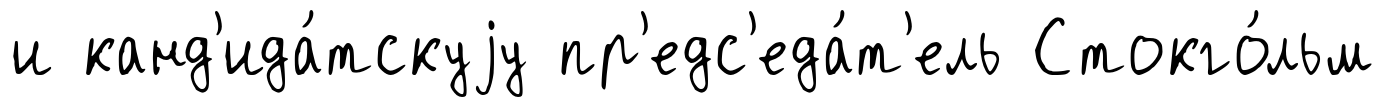
и канд'ида́тскуjу пр'едс'еда́т'ель Стокго́льм